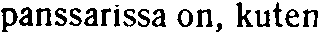
panssarissa on, kuten